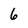
Character: 6